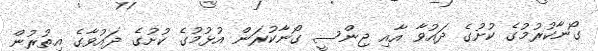
ގޯނާކުރުމުގެ ކުށުގެ ދައުވާ އާއި ޖިންސީ ގޯނާކުރަން އުޅުމުގެ ކުށުގެ ދައުވާގެ އިތުރުން